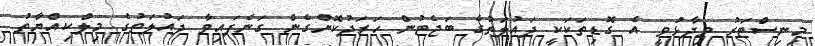
މިނިސްޓަރު ވިދާޅުވީ އެ ގޮޑިތަކަކީ ދައުލަތުގެ ބަޖެޓުން ހަރަދުކޮށްގެން ގަނެފައިވާ ދައުލަތުގެ މިލްކިއްޔާތު